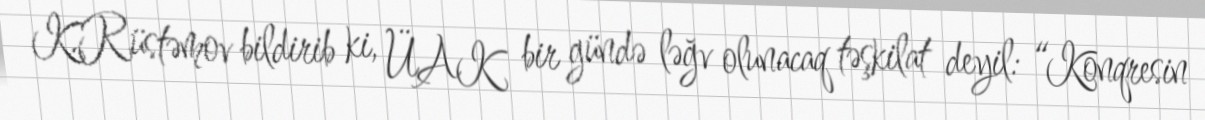
K.Rüstəmov bildirib ki, ÜAK bir gündə ləğv olunacaq təşkilat deyil: “Konqresin